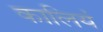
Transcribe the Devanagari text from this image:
कालियं